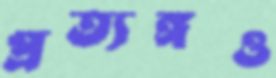
প্রত্যঙ্গও